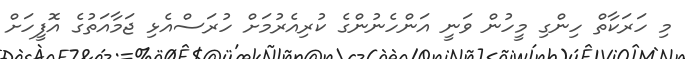
މި ހަރަކާތް ހިންގި މީހުން ވަނީ އަންހެނުންގެ ކުރިއެރުމަށް ހުރަސްއެޅި ޖަމާއަތުގެ އޮފީހަށް